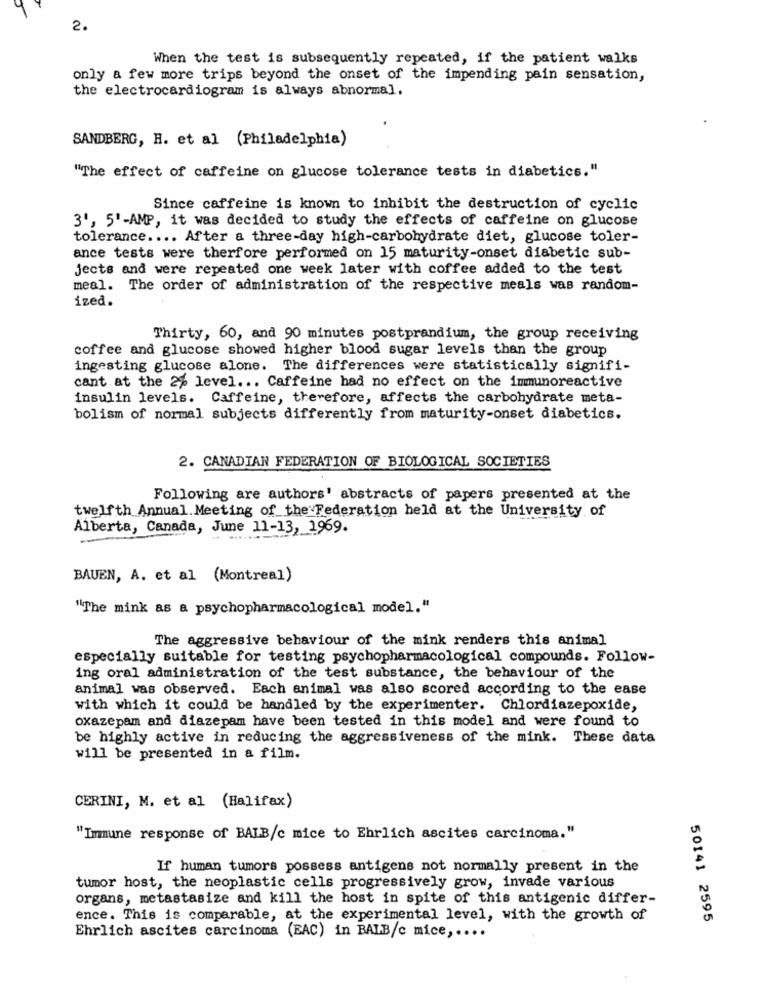
2.
When the test is subsequently repeated, if the patient walks
only a few more trips beyond the onset of the impending pain sensation,
the electrocardiogram is always abnormal.
SANDBERG, H. et al (Philadelphia)
"The effect of caffeine on glucose tolerance tests in diabetics."
Since caffeine is known to inhibit the destruction of cyclic
3', 5'-AMP, it was decided to study the effects of caffeine on glucose
tolerance .... After a three-day high-carbohydrate diet, glucose toler-
ance tests were therfore performed on 15 maturity-onset diabetic sub-
jects and were repeated one week later with coffee added to the test
meal. The order of administration of the respective meals was random-
ized.
Thirty, 60, and 90 minutes postprandium, the group receiving
coffee and glucose showed higher blood sugar levels than the group
ingesting glucose alone. The differences were statistically signifi-
cant at the 2% level ... Caffeine had no effect on the immunoreactive
insulin levels. Caffeine, therefore, affects the carbohydrate meta-
bolism of normal subjects differently from maturity-onset diabetics.
2. CANADIAN FEDERATION OF BIOLOGICAL SOCIETIES
Following are authors' abstracts of papers presented at the
twelfth Annual. Meeting of the Federation held at the University of
Alberta, Canada, June 11-13, 1969.
BAUEN, A. et al (Montreal)
"The mink as a psychopharmacological model."
The aggressive behaviour of the mink renders this animal
especially suitable for testing psychopharmacological compounds. Follow-
ing oral administration of the test substance, the behaviour of the
animal was observed. Each animal was also scored according to the ease
with which it could be handled by the experimenter. Chlordiazepoxide,
oxazepam and diazepam have been tested in this model and were found to
be highly active in reducing the aggressiveness of the mink. These data
will be presented in a film.
CERINI, M. et al (Halifax)
"Immune response of BALB/c mice to Ehrlich ascites carcinoma."
If human tumors possess antigens not normally present in the
tumor host, the neoplastic cells progressively grow, invade various
organs, metastasize and kill the host in spite of this antigenic differ-
ence. This is comparable, at the experimental level, with the growth of
50141 2595
Ehrlich ascites carcinoma (BAC) in BALB/c mice ,....